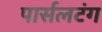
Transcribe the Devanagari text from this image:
पार्सलटंग